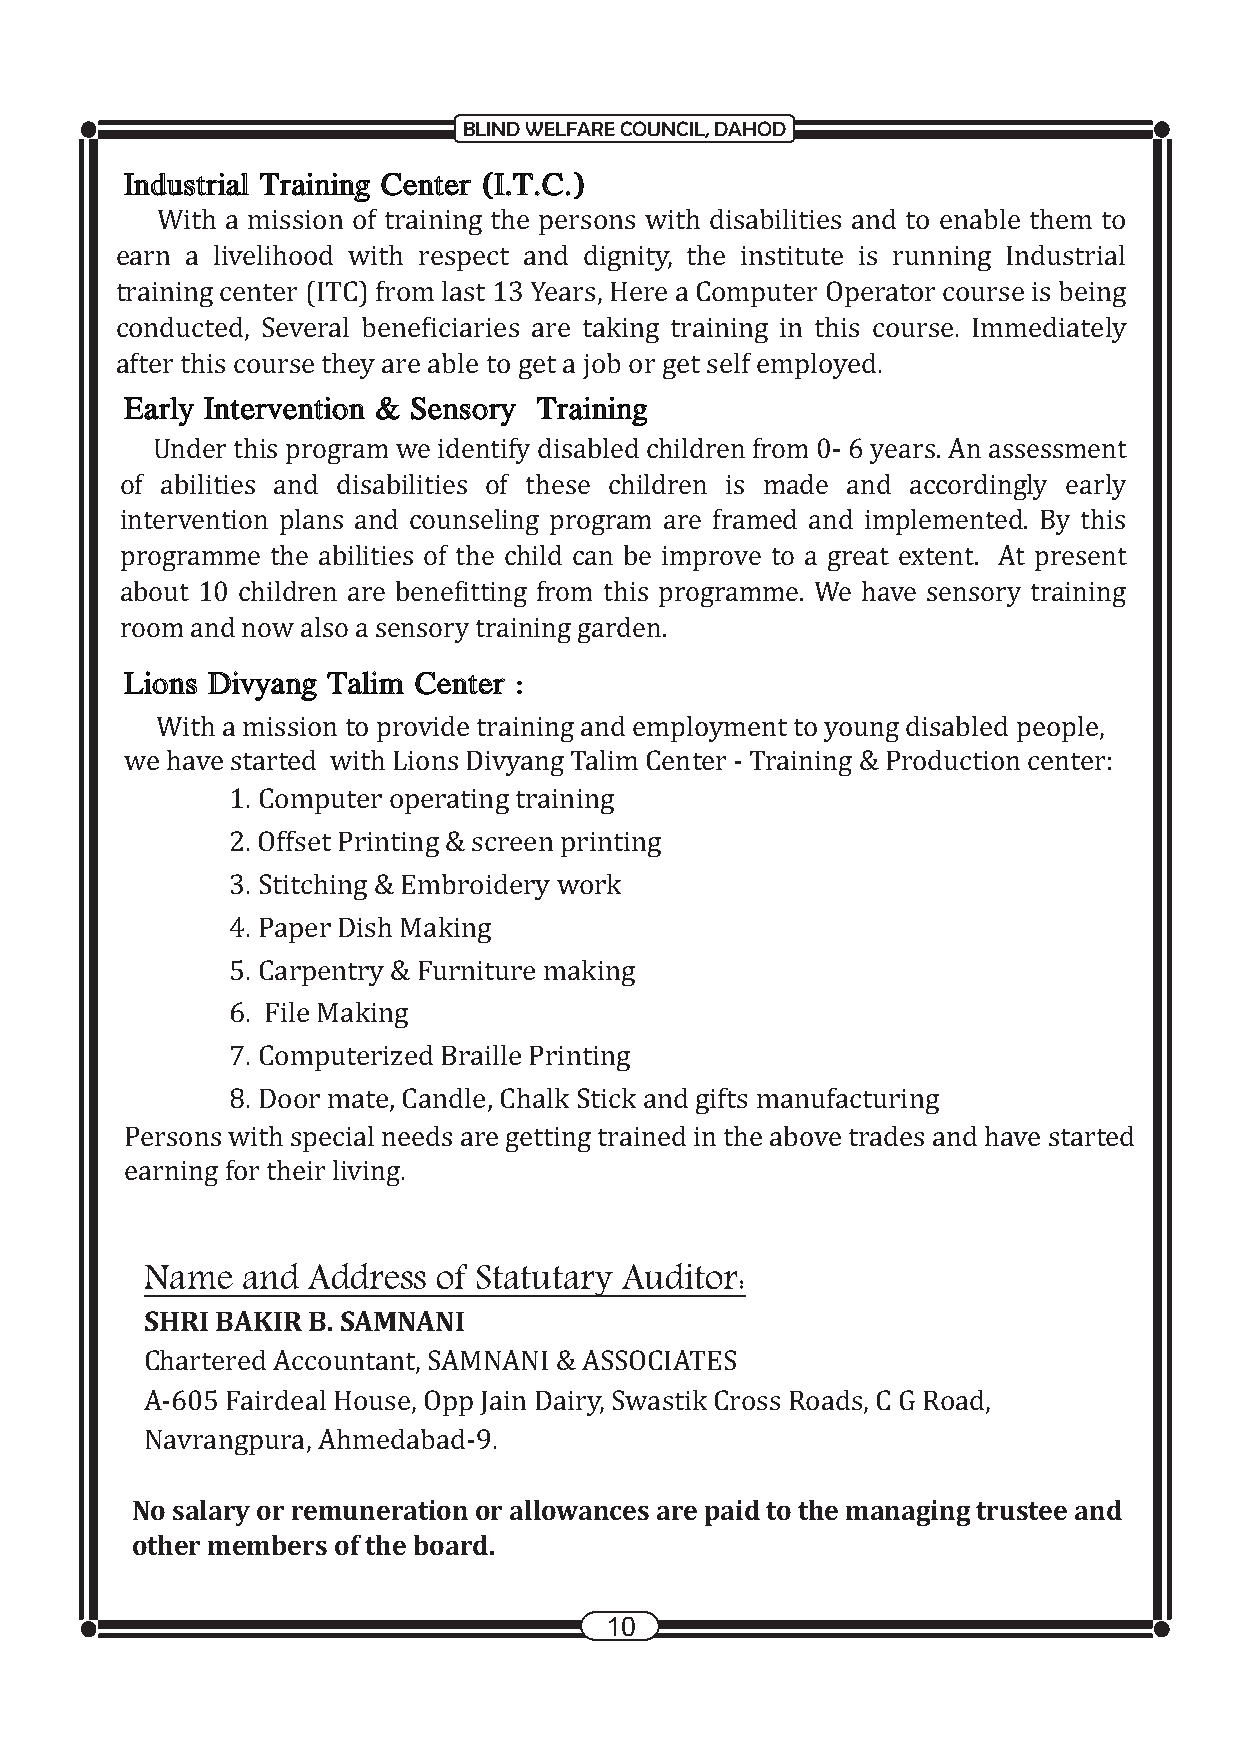
BLIND WELFARE COUNCIL, DAHOD
 Industrial Training Center (I.T.C.)
 With a mission of training the persons with disabilities and to enable them to
 earn a livelihood with respect and dignity, the institute is running Industrial
 training center (ITC) from last 13 Years, Here a Computer Operator course is being
 conducted, Several beneficiaries are taking training in this course. Immediately
 after this course they are able to get a job or get self employed. .
 Early Intervention & Sensory Training
 Under this program we identify disabled children from 0- 6 years. An assessment
 of abilities and disabilities of these children is made and accordingly early
 intervention plans and counseling program are framed and implemented. By this
 programme the abilities of the child can be improve to a great extent. At present
 about 10 children are benefitting from this programme. We have sensory training
 room and now also a sensory training garden.                      .
 Lions Divyang Talim Center :
 With a mission to provide training and employment to young disabled people,
 we have started with Lions Divyang Talim Center - Training & Production center:
 1. Computer operating training
 2. Offset Printing & screen printing
 3. Stitching & Embroidery work
 4. Paper Dish Making
 5. Carpentry & Furniture making
 6. File Making
 7. Computerized Braille Printing
 8. Door mate, Candle, Chalk Stick and gifts manufacturing
 Persons with special needs are getting trained in the above trades and have started
 earning for their living.
 Name  and Address  of Statutary Auditor:
 SHRI BAKIR B. SAMNANI
 Chartered Accountant, SAMNANI & ASSOCIATES
 A-605 Fairdeal House, Opp Jain Dairy, Swastik Cross Roads, C G Road,
 Navrangpura, Ahmedabad-9.
 No salary or remuneration or allowances are paid to the managing trustee and
 other members of the board.
 10